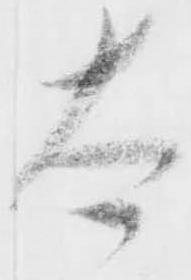
太